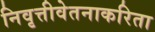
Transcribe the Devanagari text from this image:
निवृत्तीवेतनाकरिता